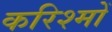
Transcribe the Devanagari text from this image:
करिश्मों